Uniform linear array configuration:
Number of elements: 4
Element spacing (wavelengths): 1
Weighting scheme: exponential
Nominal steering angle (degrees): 0
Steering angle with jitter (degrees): -1.919
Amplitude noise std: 0.05
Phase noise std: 0.05

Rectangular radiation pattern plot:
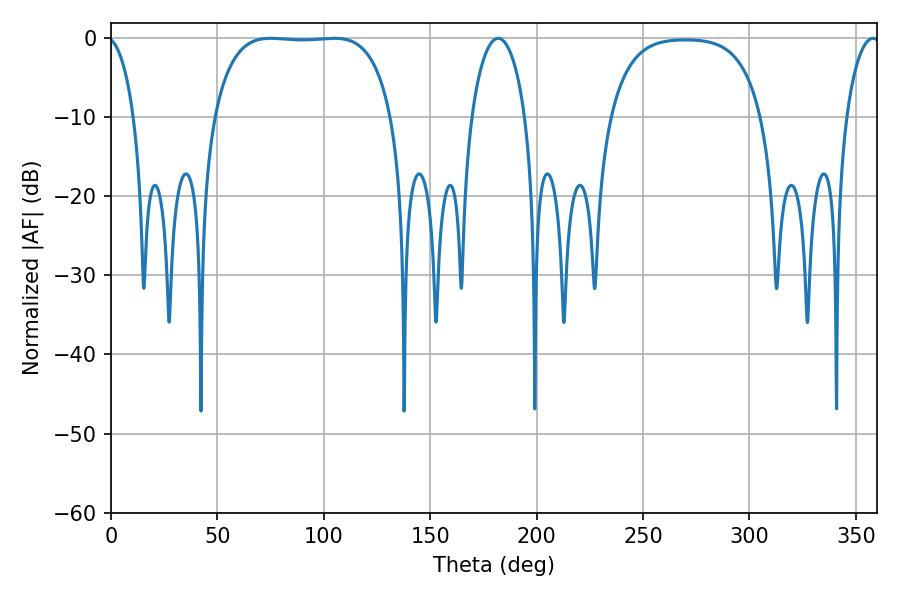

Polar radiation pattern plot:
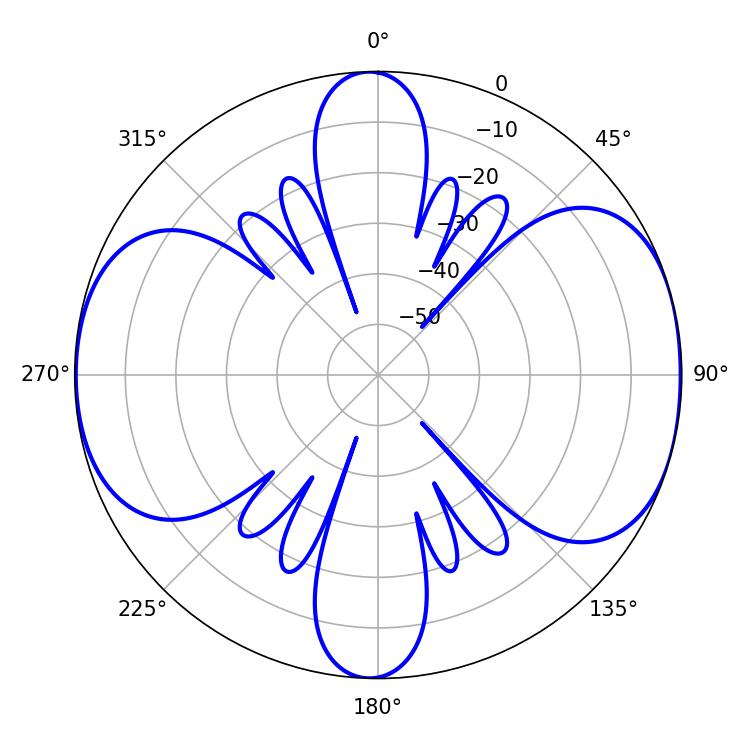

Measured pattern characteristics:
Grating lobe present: TRUE
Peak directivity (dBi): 9.064
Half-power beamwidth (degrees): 65.52
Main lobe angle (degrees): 75.06